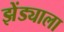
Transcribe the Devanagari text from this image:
झेंड्याला